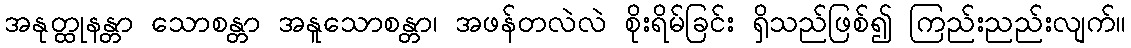
အနုတ္ထုနန္တာ သောစန္တာ အနူသောစန္တာ၊ အဖန်တလဲလဲ စိုးရိမ်ခြင်း ရှိသည်ဖြစ်၍ ကြည်းညည်းလျက်။